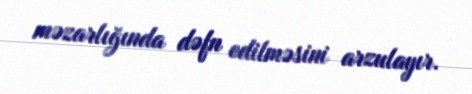
məzarlığında dəfn edilməsini arzulayır.